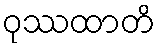
ဝုဿထာတိ